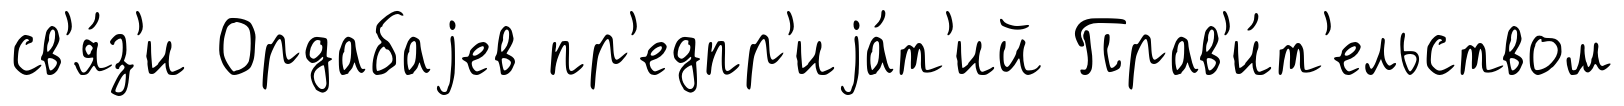
св'я́з'и Ордабаjев пр'едпр'иjа́т'ий Прав'и́т'ельством